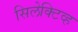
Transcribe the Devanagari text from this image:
सिलेक्टिव्ह